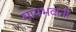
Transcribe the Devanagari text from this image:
मायभवानी